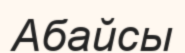
Абайсы